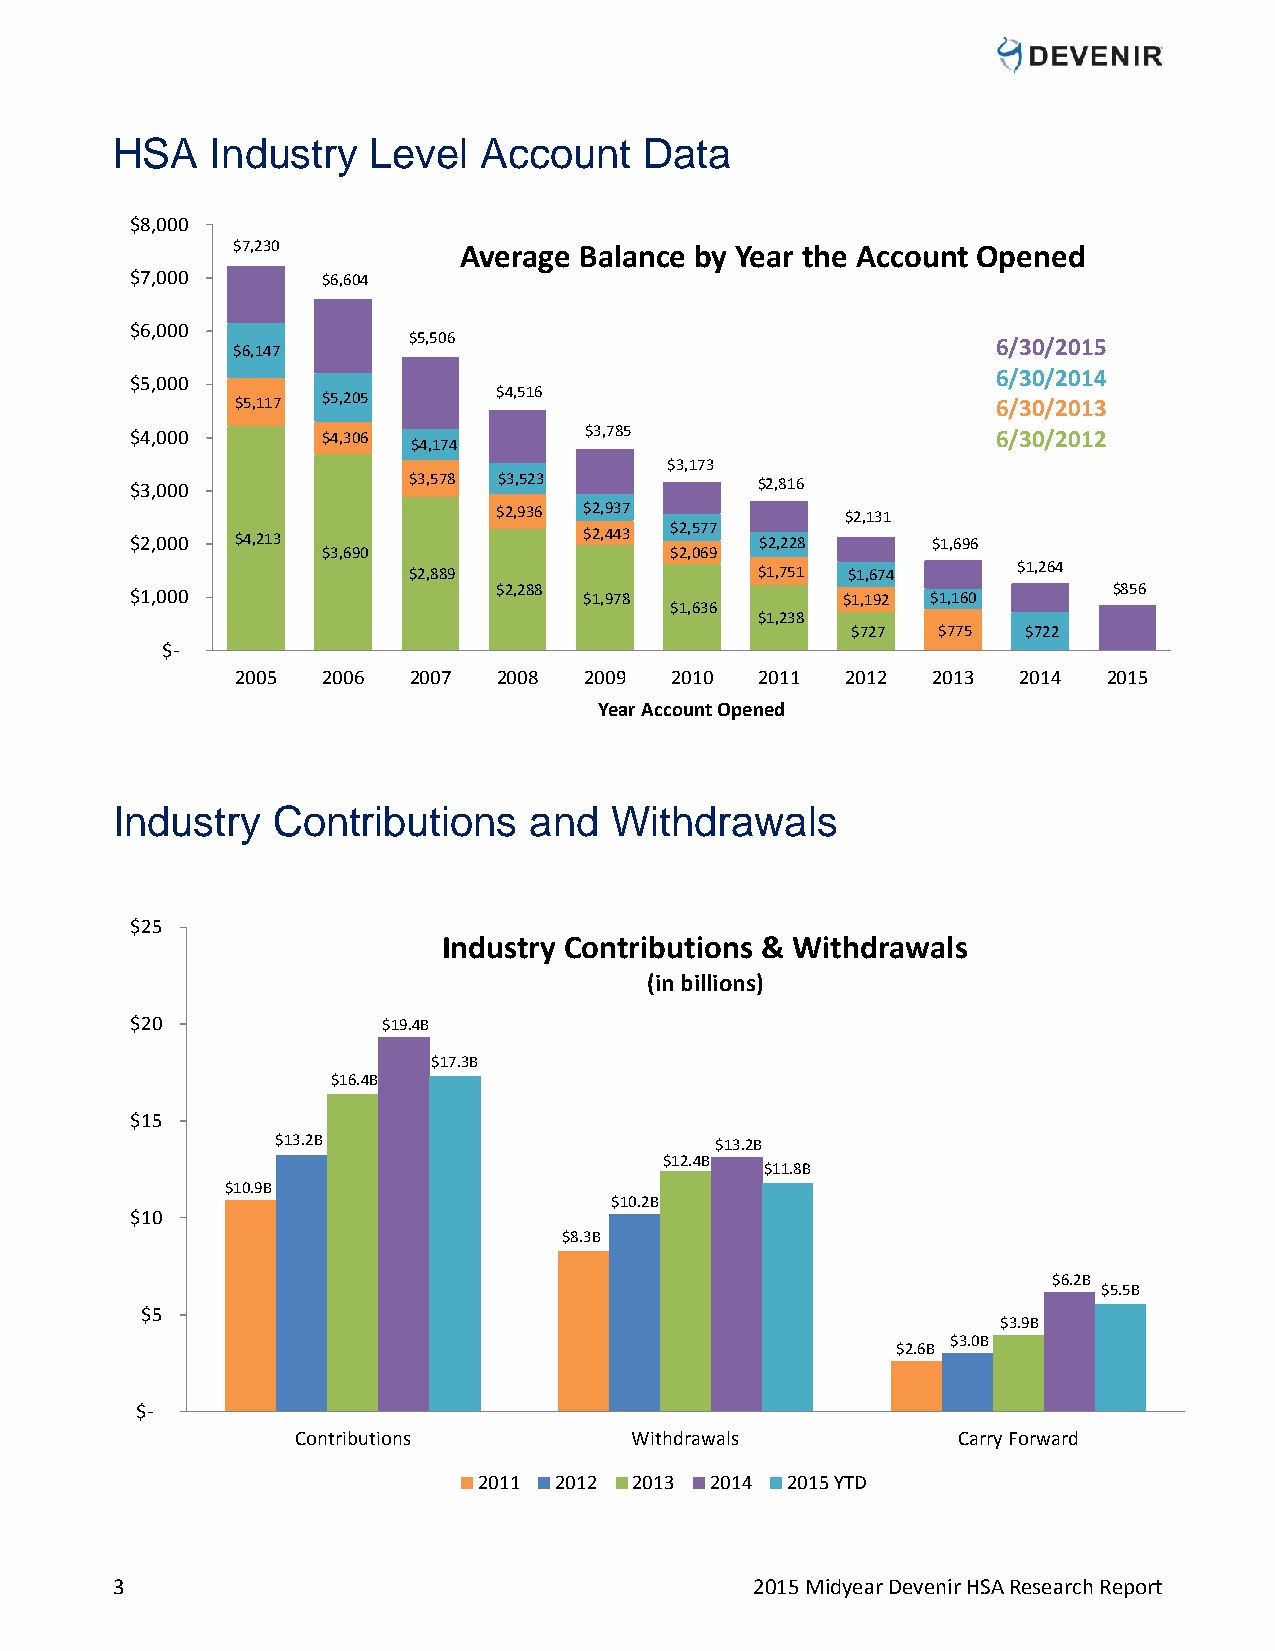
HSA    Industry  Level   Account    Data
 $8,000
 $7,230         Average Balance by Year the Account Opened
 $7,000      $6,604
 $6,000
 $5,506                                 6/30/2015
 $6,147
 6/30/2014
 $5,000
 $4,516
 $5,117 $5,205                                     6/30/2013
 $4,000      $4,306            $3,785                     6/30/2012
 $4,174
 $3,173
 $3,000            $3,578 $3,523          $2,816
 $2,936 $2,937          $2,131
 $2,000 $4,213                 $2,443 $2,577 $2,228   $1,696
 $3,690                 $2,069
 $2,889                 $1,751 $1,674    $1,264
 $1,000                  $2,288 $1,978          $1,192 $1,160     $856
 $1,636
 $1,238
 $727  $775  $722
 $-
 2005 2006  2007  2008  2009 2010  2011  2012  2013 2014  2015
 Year Account Opened
 Industry   Contributions    and  Withdrawals
 $25
 Industry Contributions & Withdrawals
 (in billions)
 $20             $19.4B
 $17.3B
 $16.4B
 $15
 $13.2B                       $13.2B
 $12.4B
 $11.8B
 $10.9B
 $10.2B
 $10
 $8.3B
 $6.2B
 $5.5B
 $5
 $3.9B
 $3.0B
 $2.6B
 $-
 Contributions         Withdrawals          Carry Forward
 2011 2012 2013 2014 2015 YTD
 3                                          2015 Midyear Devenir HSA Research Report